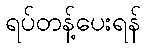
ရပ်တန့်ပေးရန်